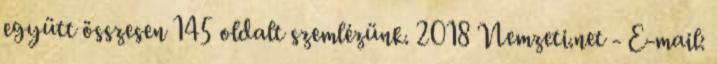
együtt összesen 145 oldalt szemlézünk. 2018 Nemzeti.net - E-mail: